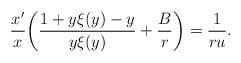
LaTeX: \begin{align*}\frac{x'}{x} \bigg(\frac{1+y\xi(y)-y}{y\xi(y)}+\frac{B}{r}\bigg)= \frac{1}{ru}. \end{align*}